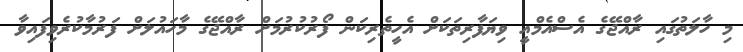
މި ހާލަތުގައި ރާއްޖޭގެ އެސްއެމްއީ ވިޔަފާރިތަކަށް އެހީތެރިކަން ފޯރުކުރުމަށް ރާއްޖޭގެ މާހައުލަށް ފަރުމާކުރެވިފައިވާ